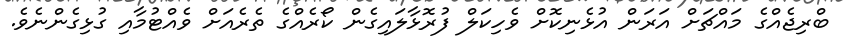
ބްރިޖެއްގެ މައްޗަށް އަރަން އުޅެނިކޮށް ވެހިކަލް ފުރޮޅާލައިގެން ކޯރެއްގެ ތެރެއަށް ވެއްޓުމާއި ގުޅިގެންނެވެ.